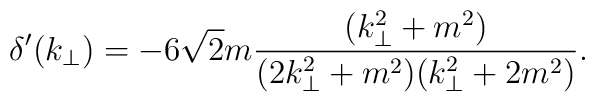
\delta'(k_{\bot})= -6 \sqrt{2} m \frac{ (k_{\bot}^2+m^2) }{		(  2 k_{\bot}^2+m^2 ) (k_{\bot}^2+2 m^2 )}.